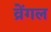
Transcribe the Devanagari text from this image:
व्रेंगल